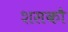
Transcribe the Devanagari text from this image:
शसकौ